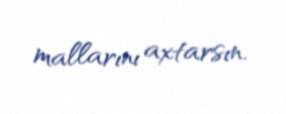
mallarını axtarsın.